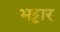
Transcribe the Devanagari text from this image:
भट्टार